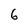
Character: 6